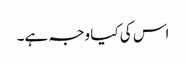
اس کی کیا وجہ ہے۔